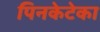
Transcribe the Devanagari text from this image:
पिनकेटेका